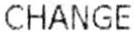
CHANGE